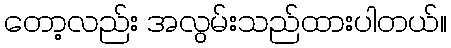
တော့လည်း အလွမ်းသည်ထားပါတယ်။